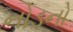
નોડનો